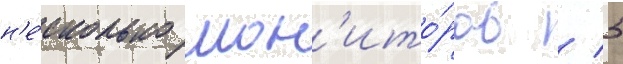
н'е́сколько мон'ито́ров / 5